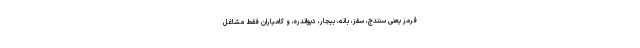
قرمز یعنی سنندج، سقز، بانه، بیجار، دیواندره، و کامیاران فقط مشاغل